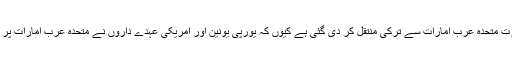
اب کچھ تجارت متحدہ عرب امارات سے ترکی منتقل کر دی گئی ہے کیوں کہ یورپی یونین اور امریکی عہدے داروں نے متحدہ عرب امارات پر دباؤ ڈالا ہے۔